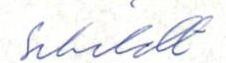
Schildt